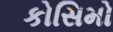
કોસિમો